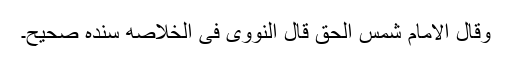
وقال الامام شمس الحق قال النووی فی الخلاصه سنده صحیح۔